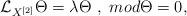
LaTeX: \begin{align*}\mathcal{L}_{X^{\left[ 2\right] }}\Theta =\lambda \Theta ~,~{mod}\Theta =0,\end{align*}